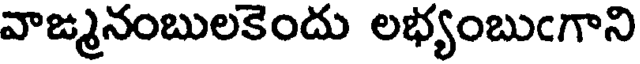
వాఙ్మనంబులకెందు లభ్యంబుఁగాని